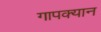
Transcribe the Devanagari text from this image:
गापक्यान